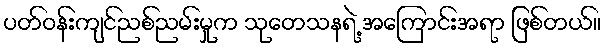
ပတ်ဝန်းကျင်ညစ်ညမ်းမှုက သုတေသနရဲ့ အကြောင်းအရာ ဖြစ်တယ်။